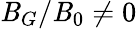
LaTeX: \mathit{B}_{G}/\mathit{B}_{0}\ne0